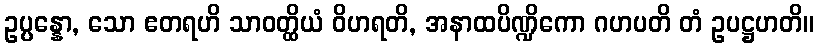
ဥပ္ပန္နော, သော ဧတရဟိ သာဝတ္ထိယံ ဝိဟရတိ, အနာထပိဏ္ဍိကော ဂဟပတိ တံ ဥပဋ္ဌဟတိ။